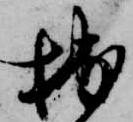
拙